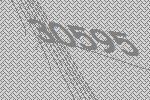
30595